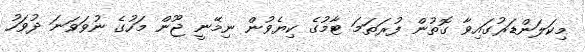
މިކަލަންޑަރުގައިވާ ގޮތުން ފުރަތަމަ ޓާމުގެ ކިޔެވުން ނިމޭނީ ޖޫން މަހުގެ ނުވަވަނަ ދުވަހު